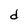
Character: d